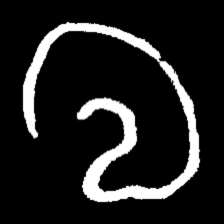
Pyu character \u2014 Myanmar letter: လ (romanized: la)